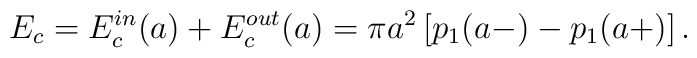
E_c=E_c^{in}(a)+E_c^{out}(a)=\pi a^2\left[ p_1(a-)-p_1(a+)\right] .